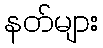
နတ်များ